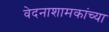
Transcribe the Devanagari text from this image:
वेदनाशामकांच्या